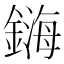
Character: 𲇜